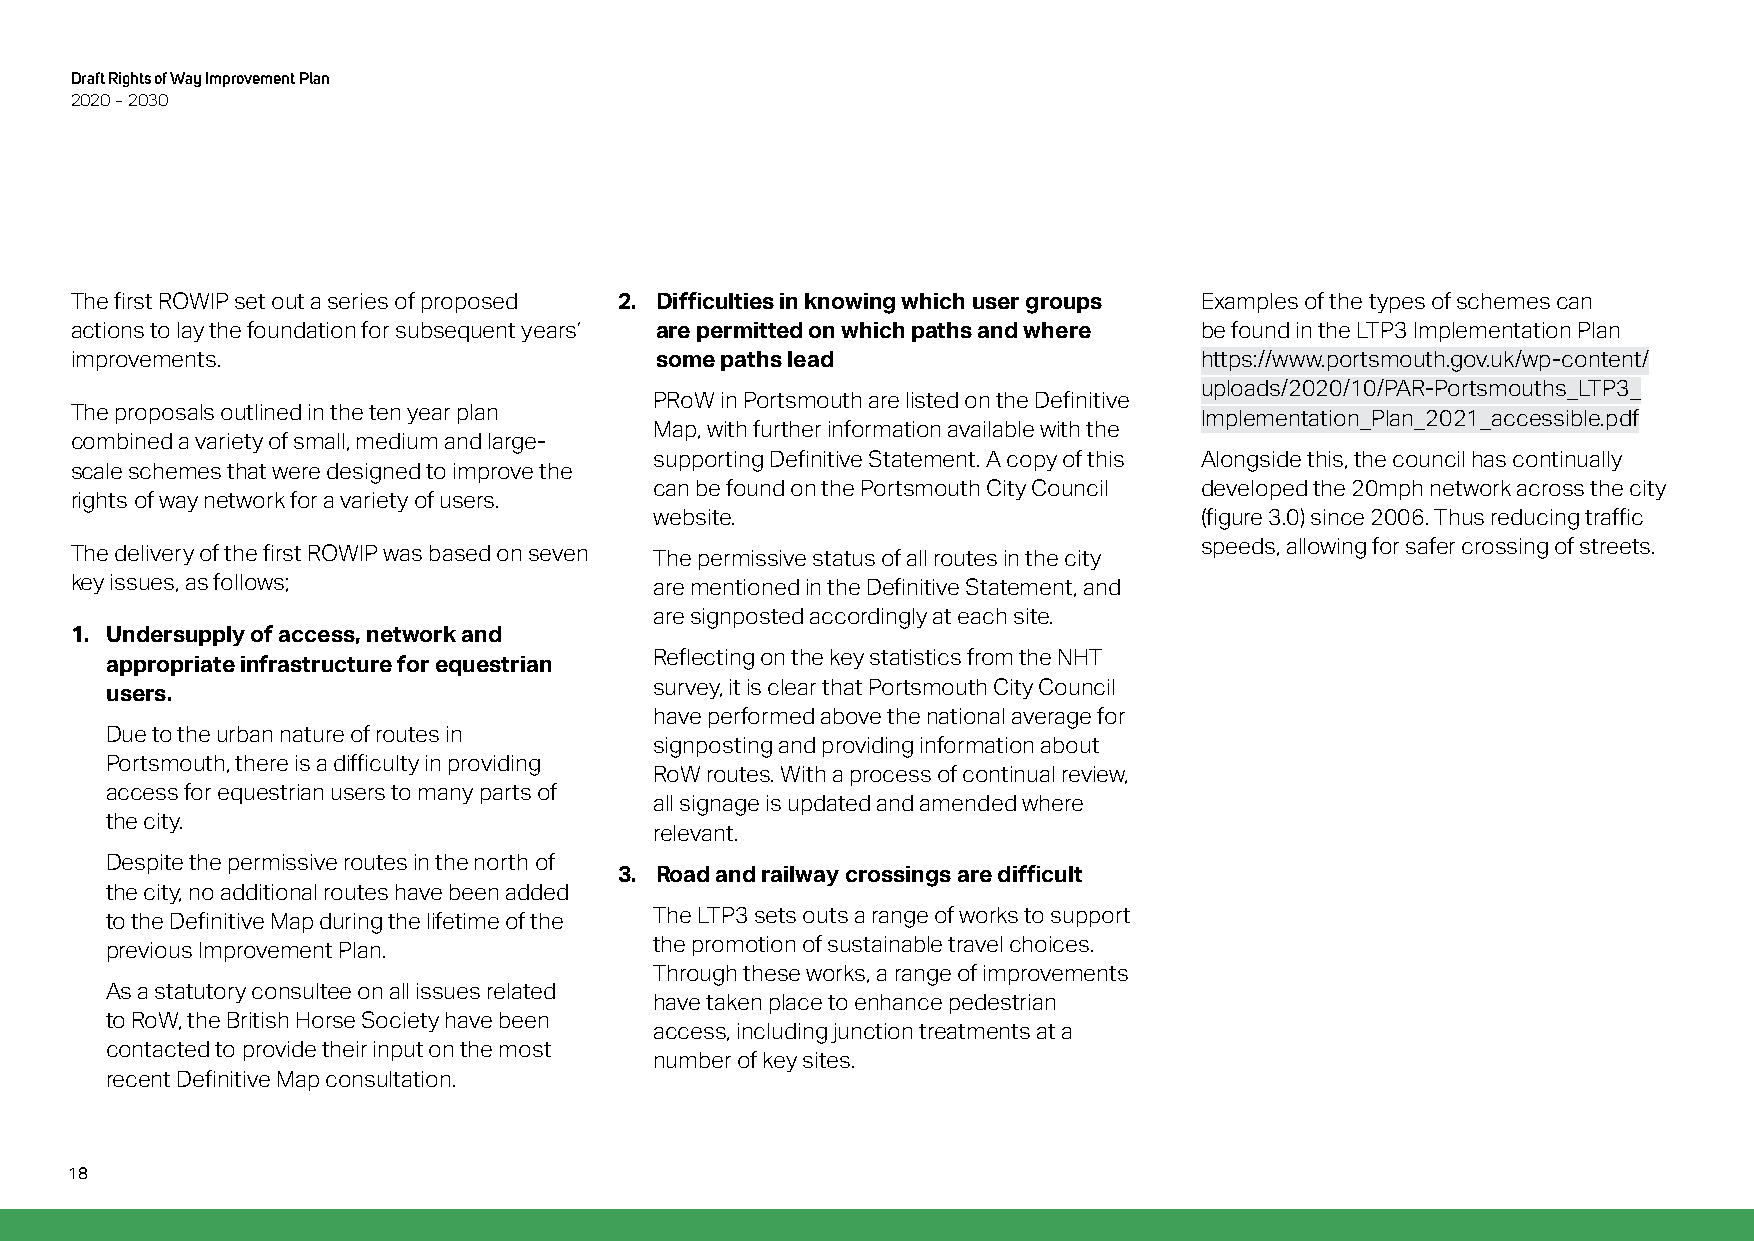
Draft Rights of Way Improvement Plan
 2020 – 2030
 The first ROWIP set out a series of proposed 2. Difficulties in knowing which user groups Examples of the types of schemes can
 actions to lay the foundation for subsequent years’ are permitted on which paths and where be found in the LTP3 Implementation Plan
 improvements.                         some paths lead                      https://www.portsmouth.gov.uk/wp-content/
 uploads/2020/10/PAR-Portsmouths_LTP3_
 PRoW in Portsmouth are listed on the Definitive
 The proposals outlined in the ten year plan                                Implementation_Plan_2021_accessible.pdf
 Map, with further information available with the
 combined a variety of small, medium and large-
 supporting Definitive Statement. A copy of this Alongside this, the council has continually
 scale schemes that were designed to improve the
 can be found on the Portsmouth City Council developed the 20mph network across the city
 rights of way network for a variety of users.
 website.                             (figure 3.0) since 2006. Thus reducing traffic
 speeds, allowing for safer crossing of streets.
 The delivery of the first ROWIP was based on seven The permissive status of all routes in the city
 key issues, as follows;               are mentioned in the Definitive Statement, and
 are signposted accordingly at each site.
 1. Undersupply of access, network and
 appropriate infrastructure for equestrian Reflecting on the key statistics from the NHT
 users.                              survey, it is clear that Portsmouth City Council
 have performed above the national average for
 Due to the urban nature of routes in
 signposting and providing information about
 Portsmouth, there is a difficulty in providing
 RoW routes. With a process of continual review,
 access for equestrian users to many parts of
 all signage is updated and amended where
 the city.
 relevant.
 Despite the permissive routes in the north of
 3. Road and railway crossings are difficult
 the city, no additional routes have been added
 The LTP3 sets outs a range of works to support
 to the Definitive Map during the lifetime of the
 the promotion of sustainable travel choices.
 previous Improvement Plan.
 Through these works, a range of improvements
 As a statutory consultee on all issues related
 have taken place to enhance pedestrian
 to RoW, the British Horse Society have been
 access, including junction treatments at a
 contacted to provide their input on the most
 number of key sites.
 recent Definitive Map consultation.
 18